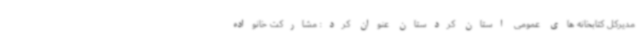
مدیرکل کتابخانه های عمومی استان کردستان عنوان کرد: مشارکت خانواده